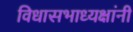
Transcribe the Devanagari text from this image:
विधासभाध्यक्षांनी